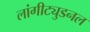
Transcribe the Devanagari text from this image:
लांगीट्युडनल